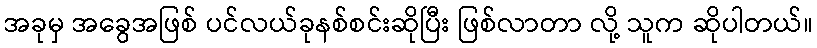
အခုမှ အခွေအဖြစ် ပင်လယ်ခုနစ်စင်းဆိုပြီး ဖြစ်လာတာ လို့ သူက ဆိုပါတယ်။